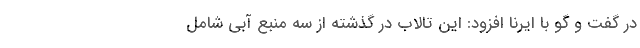
در گفت و گو با ایرنا افزود: این تالاب در گذشته از سه منبع آبی شامل